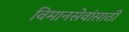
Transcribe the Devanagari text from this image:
विमानसेवांसाठी